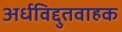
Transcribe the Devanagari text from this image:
अर्धविद्दुतवाहक